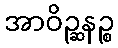
အာဝိဉ္ဆနဉ္စ